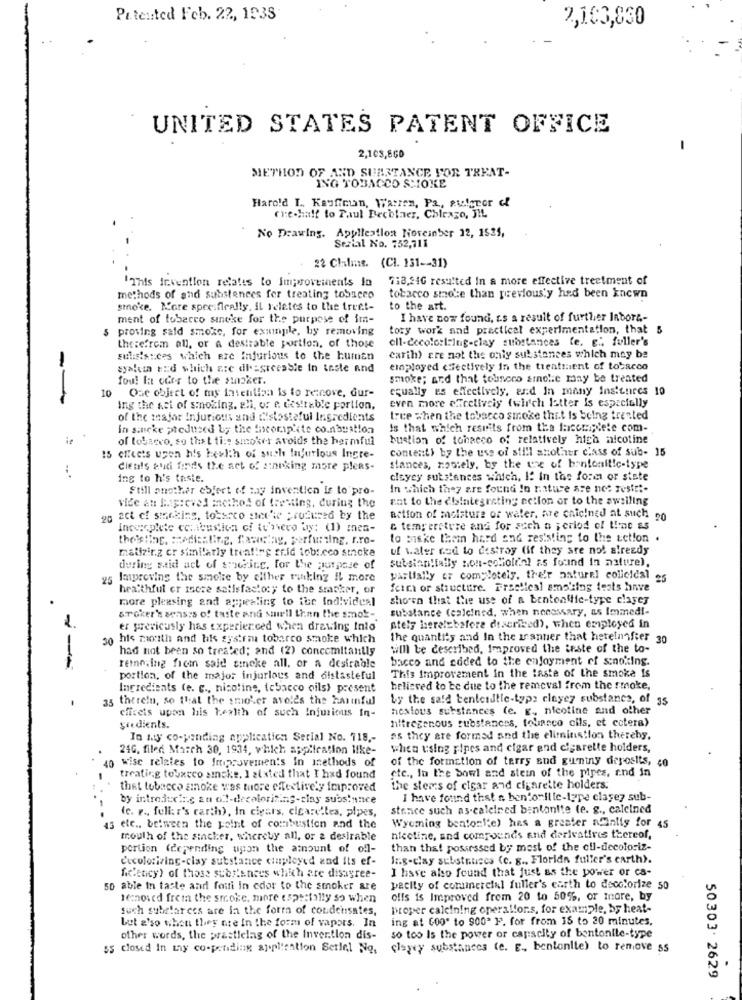
Patented Feb. 22, 1938
2,103,850
UNITED STATES PATENT OFFICE
-
2,108,860
METHOD OF AND SUARTANCE FOR TREAT-
ING TOBACCO SMOKE
Harold L ., Keyficun, Warren, Pa, aufgror of
Che-half to Paul Becblaer, Colexzo, JIL
No Drawing, Applleatlon Noveinber 12, 1535,
Serial No. 752,711
22 Clalans. (CI. 131 -- 31)
718,24G resulted In a more effective treetment of
'This invention relates to Improvements In
methods of and substances for treating tobacco
tobacco smore than previous'y had been known
smoke. More specifically, il relates to the treet-
to the art.
ment of tobacco sincke for the purpose of im-
I have now found, ss a result of further labora-
proving said smoke, for example, by removing
tory work and practical experimentation, that 5
oll-cecolorl.Ing-clay substances te. e ., fuller's
therefrom all, or a desirable portion, of those
sulisistices which are infurious to the human
carih) are not the only substances which may be
syaleta tid which are disgreesSie In taste and
einplayed <Sectively in the treatment of tobacco
fou! Ia oder to the sinpoker.
smoke; and that touseco smoke may be treated
10 Que object of my Intention is to retnove, Gur-
equally es effectively, and In many Insitnecs 10
--
even more chceliveiy (wirch latter Is especially
Ing the aci of smoking, all, of e desirable portion,
of the major Injurious and distasteful Ingredients
tree when the tobacco smoke thit is being trented
in sincke ptedused by the Incoripete co.nbustion
is that which results from the facomplete com-
of tobacco, so that ti:e smoker avoids the harmful
bustion of tobacco of relatively hica nicotine
content) by the use of silll shother class of sub- 15
chfiets upon his health of such Injurious Ingre-
cients audi finds the act of sinnking more pleas-
stances, nowtely, by the ux of bentonit!c-type
Ing to h's taste.
cleyey substances which, I! In the form or state
Still another ebfert of may inventien is to pro-
In which they are found In nature are not restet-
vice an Bagreved method of fresing, during the
eat to the dbintegrating action or to the awsiling
act of smoking, tobacco stecche produced by the
action of moisture of water, are chicined at such no
Incereplete comeustica of tu'nieco by: (1) mes-
& temperature and for such a period of line as
theis lag. modicaline. fasciay, perfurting. r.ro-
lo Fiske them hard and resisting to the action .
matizir.z cr similarly treating sr.id tobreco sincke
uf vater nod to destroy (if they are not already
substan!fally non-solioldal as found in nature).
during said act of swing, for the purpose of
25 Improving the smoke by either ranking il more
partially er completely, the'r asturel colicidal es
healthful er iscre satisfactory to the smasker, or
feira or structure. Practical smoking tests hnve
more pleasing and appealing to iuc Individual
shown that the use of a bentoallic-type clasey
substance (calcined, when necessary, as Immed !-
Broker's senses of taste and smell than the smok -.
er previcusly has experienced when drawing Into
Ately herelebefore described), when employed in
his mouth and his systra tobarco smoke which
the quantity and In the scanner that heteinnfier 30
had not been so treated; and (2) concomitantly
will be described, Improved the teste of the to-
remo.ing from said sincke all, or a desirable
bacco and coded to the enjoyment of snoking.
---
portion, of the major injurious and distasteful
This improvement in the taste of the smoke Is
Ingredients (e. g ., nicotine, tobacco oils) present
believed to be due to the removal from the smoke,
35 therein, so that the smoker avolds the harmful
by the said tenteidtlc-type cleyey substance, of 35
cfireis upon his health of such Injurious In-
hextous substances (e. g ., nicotine and other
nitrogenous substances, touasco cils, et cetera)
Siedients.
In my co-pending application Serial No. 718 ,-
as they are formed and the elimination thereby.
24G, filed March 30, 1934, which application like-
when using pipes and cigar and cigarette holders,
40 wise relates to Improvements In inethods of
of the formction of terry and guntny deposits, co
etc ., In the bowl and stein of the pipes, and in
treating tobacco smake. ] alsted that I had found
thet tobacco smoke was more effectively improved
the stems of cigar and cigarette holders:
by introducing au of !- decolorinks-clay substance
I have found that s ben'orille-type clagey sub-
(c. r ., feller's earth), In clears, cigarettes, pipes,
stance such as-caleired bentonite (e. g ., calcined
Wyoming bentoni;e) hes a greater afinlig for 45
13 ele .. between the point of combustion and the
mouth of the sincker, whereby all, or a desirable
nicotine, and compounds and derivatives thereof,
portion (depending upon the amount of ofl-
than that possessed by most of the oil-decoloriz-
eccoloriving-clay substance employed and Its ef-
Iz.g-clay substruses (e. g ., Florida fuller's earth).
I have also found that just as the power or ca-
fic'ency) of those substances which are disagree-
50 able In taste and foui in cdor to the smoker are
pacity of commercial fuller's earth to decolorize 50
16nosed frem the smoke, more especially so when
offs is Improved frem 20 to 50%, or more, by
such subelarces are la the form of condeusates,
proper calcining operallors, for example, by heat-
ing at CoO' to 900ª F. for from 18 to 20 minutes.
Let a'so when they are In the form of vapors. In
other words, the prasticlag of the Invention dis-
so too Is the power or capacity of bontonile-type
ss closed In my co-pending application Serlel No,
clasey substances (e. g ., bentonite) to remove 55
2620
50303. 2629